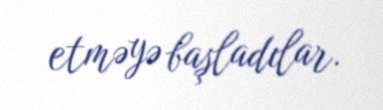
etməyə başladılar.